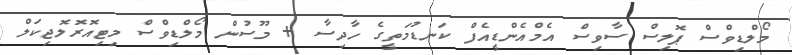
މޯލްޑިވްސް ޕޮލިސް ސާވިސް އެމްއެންޑީއެފް ކަނޑުމަތީގެ ހާދިސާ + މޫސުން މޯލްޑިވްސް މިޓިއޮރޮލޮޖިކަލް